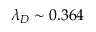
\lambda _ { D } \sim 0 . 3 6 4